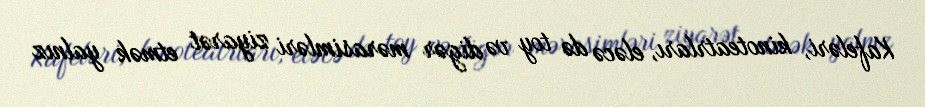
Kafeləri, kinoteatrları, eləcə də toy və digər mərasimləri ziyarət etmək yalnız